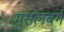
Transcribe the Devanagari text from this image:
मुसेलबर्ग